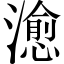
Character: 𤀒